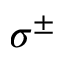
\sigma ^ { \pm }